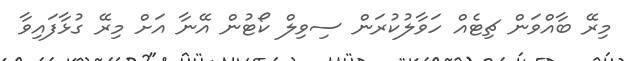
މިރޭ ބާއްވަން ޗިޓެއް ހަވާލުކުރަން ސިވިލް ކޯޓުން އޭނާ އަށް މިރޭ ގުޅާފައިވާ